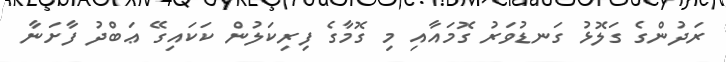
ރަދުންގެ ގަލޮޅު ގަނޑުވަރު ގޮމައާއި މި ގޮމާގެ ފިރިކަލުން ކަކައިގޭ ޢަބްދު ފާށަނާ